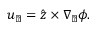
\boldsymbol { u } _ { \perp } = \hat { \boldsymbol { z } } \times \nabla _ { \perp } \phi .